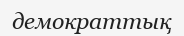
демократтық